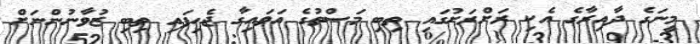
މީނަގެ ދާއިރާގެ އެކި ރަށްރަށުގައި ތިބި މަސްތުގެ އަވައިގާ ޖެހިފައި ތިބި ޒުވާނުންނަށް